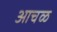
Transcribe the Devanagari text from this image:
आचळ